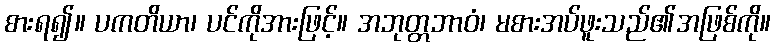
စားရ၍။ ပကတိယာ၊ ပင်ကိုအားဖြင့်။ အဘုတ္တဘာဝံ၊ မစားအပ်ဖူးသည်၏အဖြစ်ကို။